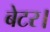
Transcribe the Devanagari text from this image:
बेटर।